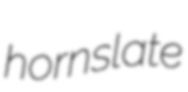
hornslate